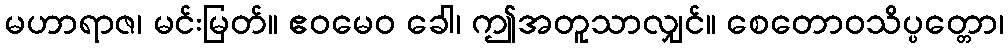
မဟာရာဇ၊ မင်းမြတ်။ ဧဝမေဝ ခေါ၊ ဤအတူသာလျှင်။ စေတောဝသိပ္ပတ္တော၊